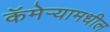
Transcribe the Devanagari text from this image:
कॅमेऱ्यामधील